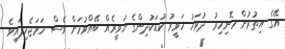
އޭގެ އިތުރުން ހޮނިހިރު ދުވަހު ހަވީރު ކުޑަކުދިންގެ ހަވީރެއް ބޭއްވުމަށް ވެސް ހަމަޖެހިފައިވެ